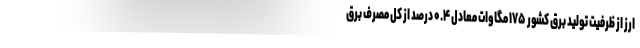
ارز از ظرفیت تولید برق کشور ۱۷۵ مگاوات معادل ۰.۴ درصد از کل مصرف برق